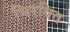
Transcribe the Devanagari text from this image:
मिरवित